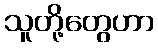
သူတို့တွေဟာ